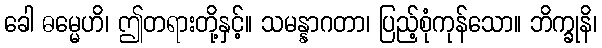
ခေါ ဓမ္မေဟိ၊ ဤတရားတို့နှင့်။ သမန္နာဂတာ၊ ပြည့်စုံကုန်သော။ ဘိက္ခုနိ၊